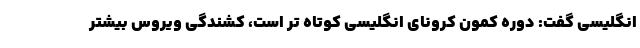
انگلیسی گفت: دوره کمون کرونای انگلیسی کوتاه تر است، کشندگی ویروس بیشتر